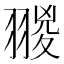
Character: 翪